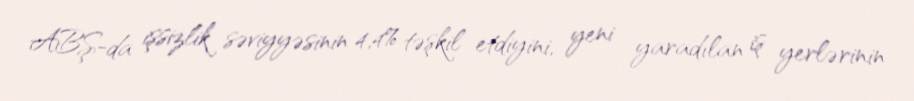
ABŞ-da işsizlik səviyyəsinin 4,4% təşkil etdiyini, yeni yaradılan iş yerlərinin